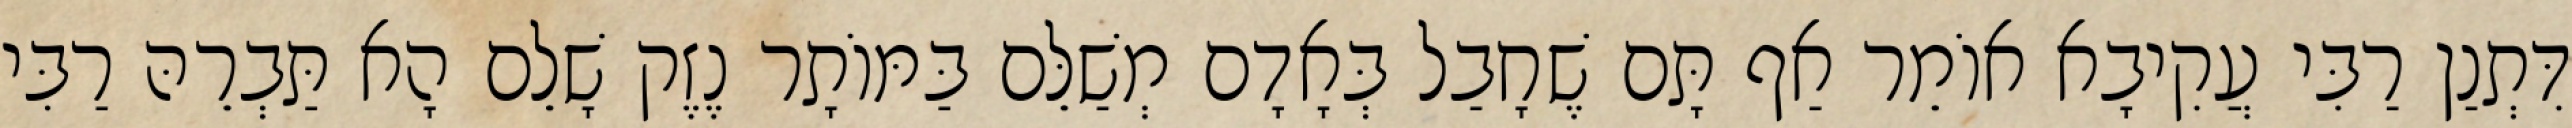
דִּתְנַן רַבִּי עֲקִיבָא אוֹמֵר אַף תָּם שֶׁחָבַל בְּאָדָם מְשַׁלֵּם בַּמּוֹתָר נֶזֶק שָׁלֵם הָא תַּבְרֵהּ רַבִּי